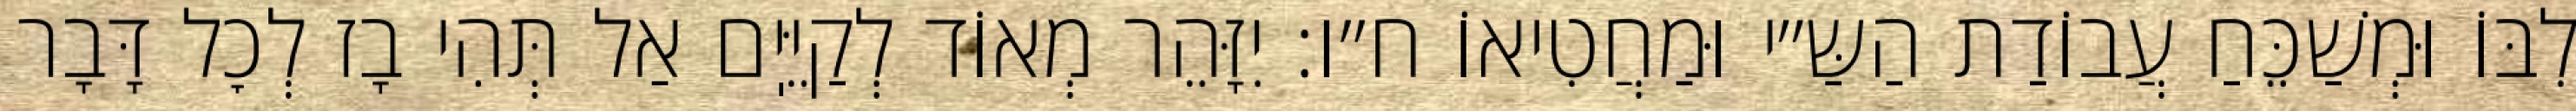
לִבּוֹ וּמְשַׁכֵּחַ עֲבוֹדַת הַשַּ״י וּמַחֲטִיאוֹ ח״ו: יִזָּהֵר מְאוֹד לְקַיֵּיֽם אַל תְּהִי בָז לְכׇל דָּבָר